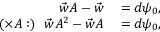
\begin{array} { r l } { \vec { w } A - \vec { w } } & { { } = d \psi _ { 0 } , } \\ { ( \times A : ) \ \ \vec { w } A ^ { 2 } - \vec { w } A } & { { } = d \psi _ { 0 } , } \end{array}